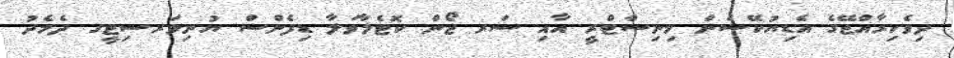
ދިވެހިރާއްޖޭގެ އެޑިޔުކޭޝަން މިނިސްޓްރީ އާއި ސަރ ޖޯން ކޮޓެލާވަލާ ޑިފެންސް ޔުނިވަރސިޓީގ ދެމެދު